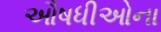
ઔષધીઓના